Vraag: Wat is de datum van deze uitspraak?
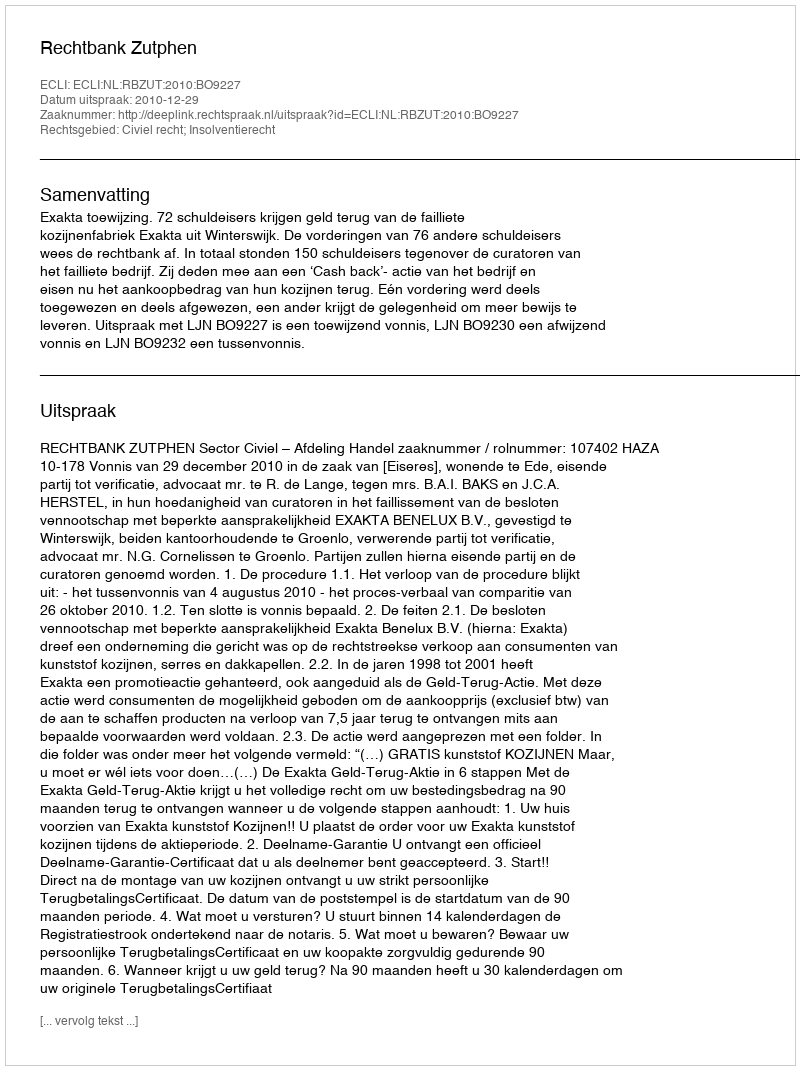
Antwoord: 2010-12-29